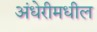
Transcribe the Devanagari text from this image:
अंधेरीमधील